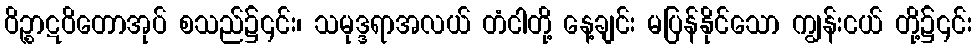
ဝိဉ္စာဋဝိတောအုပ် စသည်၌၎င်း၊ သမုဒ္ဒရာအလယ် တံငါတို့ နေ့ချင်း မပြန်နိုင်သော ကျွန်းငယ် တို့၌၎င်း